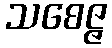
သစေဇ္ဇ